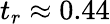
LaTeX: t_{r}\approx 0.44